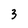
Character: 3